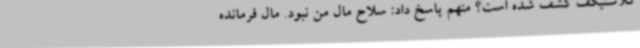
کلاشنیکف کشف شده است؟ متهم پاسخ داد: سلاح مال من نبود. مال فرمانده